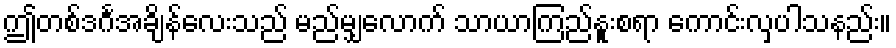
ဤတစ်ဒင်္ဂအချိန်လေးသည် မည်မျှလောက် သာယာကြည်နူးစရာ ကောင်းလှပါသနည်း။